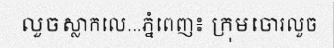
លួចស្លាកលេ...ភ្នំពេញ៖ ក្រុមចោរលួច